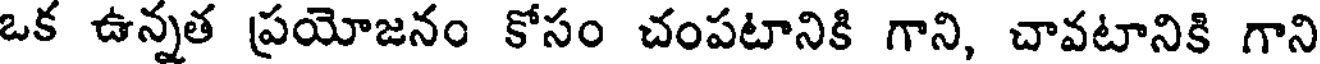
ఒక ఉన్నత ప్రయోజనం కోసం చంపటానికి గాని, చావటానికి గాని